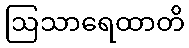
ဩသာရေထာတိ